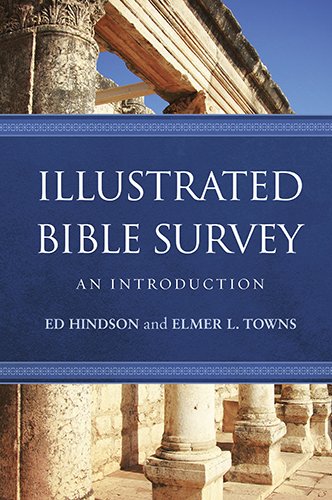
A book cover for Illustrated Bible Survey: An Introduction; Ed Hindson; Christian Books & Bibles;